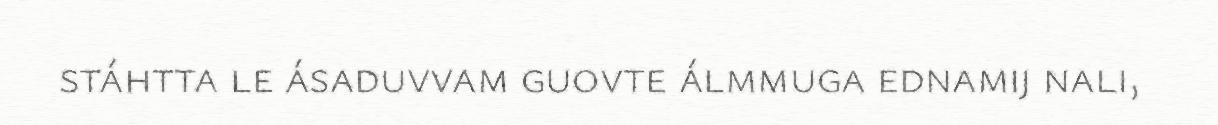
stáhtta le ásaduvvam guovte álmmuga ednamij nali,